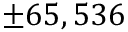
\pm 6 5 , 5 3 6